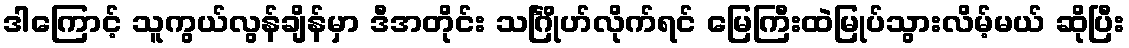
ဒါကြောင့် သူကွယ်လွန်ချိန်မှာ ဒီအတိုင်း သင်္ဂြိုဟ်လိုက်ရင် မြေကြီးထဲမြုပ်သွားလိမ့်မယ် ဆိုပြီး